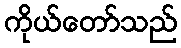
ကိုယ်တော်သည်